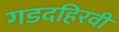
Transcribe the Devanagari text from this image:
गडदहिरवी